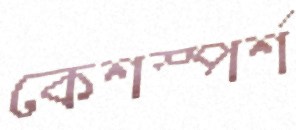
কেশস্পর্শ